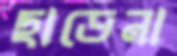
ছাড়েনা